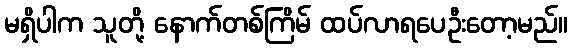
မရှိပါက သူတို့ နောက်တစ်ကြိမ် ထပ်လာရပေဦးတော့မည်။